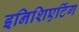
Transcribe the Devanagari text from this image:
इनिशिएटिंग